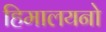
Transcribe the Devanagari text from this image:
हिमालयनो